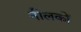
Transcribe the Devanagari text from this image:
नीलकों